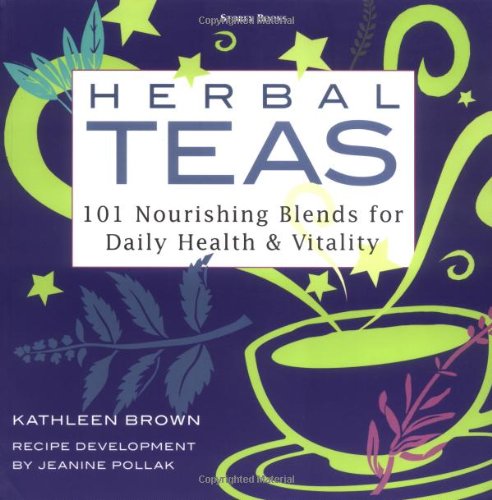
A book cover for Herbal Teas: 101 Nourishing Blends for Daily Health & Vitality; Kathleen Brown; Cookbooks, Food & Wine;